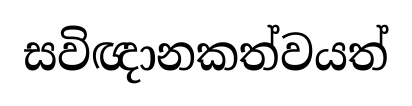
සවිඥානකත්වයත්